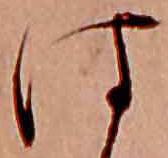
は